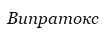
Випратокс